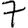
Digit: 7